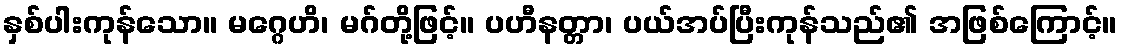
နှစ်ပါးကုန်သော။ မဂ္ဂေဟိ၊ မဂ်တို့ဖြင့်။ ပဟီနတ္တာ၊ ပယ်အပ်ပြီးကုန်သည်၏ အဖြစ်ကြောင့်။